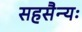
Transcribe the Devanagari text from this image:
सहसैन्यः